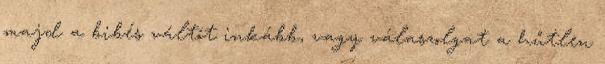
majd a bibés váltót inkább, vagy válaszolgat a hűtlen